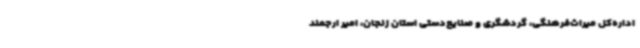
اداره‌کل میراث‌فرهنگی، گردشگری و صنایع‌دستی استان زنجان، امیر ارجمند